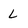
Character: L